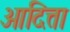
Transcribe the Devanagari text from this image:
आदित्ता